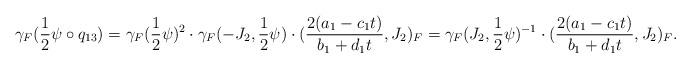
LaTeX: \begin{align*} \gamma_F(\frac{1}{2} \psi \circ q_{13}) = \gamma_F(\frac{1}{2} \psi)^2 \cdot \gamma_F(-J_2, \frac{1}{2} \psi) \cdot (\frac{2 (a_1 - c_1 t)}{b_1 + d_1 t}, J_2)_F = \gamma_F(J_2, \frac{1}{2} \psi)^{-1} \cdot (\frac{2 (a_1 - c_1 t)}{b_1 + d_1 t}, J_2)_F.\end{align*}